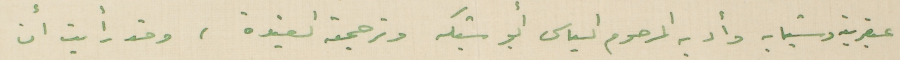
عبقريته وشبابه وأدبه والمرحوم الياس أبو شبكه وترجمته العتيدة، وقد رأيت أن